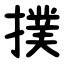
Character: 撲